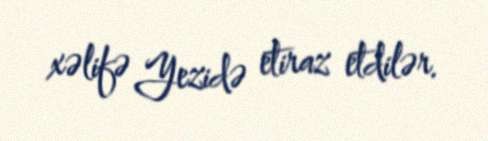
xəlifə Yezidə etiraz etdilər.